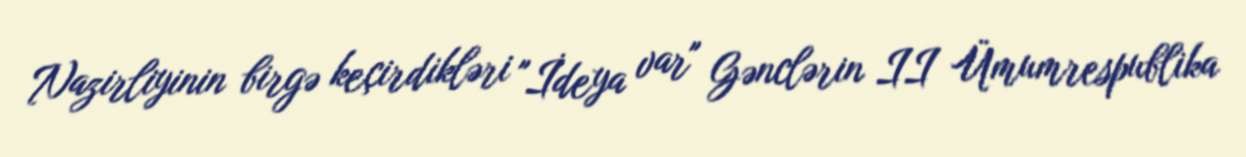
Nazirliyinin birgə keçirdikləri "İdeya var" Gənclərin II Ümumrespublika